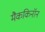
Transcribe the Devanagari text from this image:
मैककिनॉन